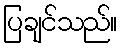
ပြချင်သည်။